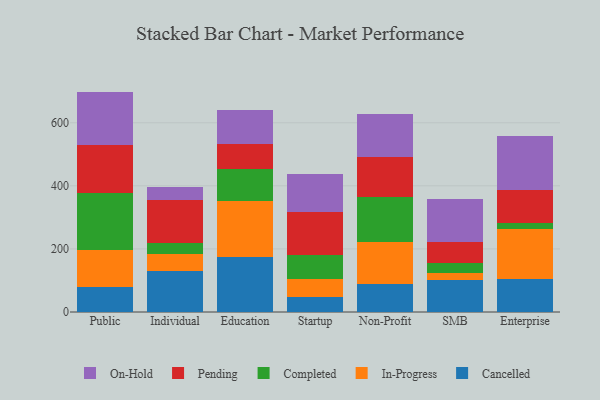
{"axis": {"x": "Segment", "y": "Energy Usage (MWh)"}, "legend": ["Cancelled", "Completed", "In-Progress", "On-Hold", "Pending"], "data": [{"x": "Public", "y": 80.6, "type": "Cancelled"}, {"x": "Public", "y": 116.5, "type": "In-Progress"}, {"x": "Public", "y": 179.7, "type": "Completed"}, {"x": "Public", "y": 152.9, "type": "Pending"}, {"x": "Public", "y": 169.1, "type": "On-Hold"}, {"x": "Individual", "y": 129.8, "type": "Cancelled"}, {"x": "Individual", "y": 53.4, "type": "In-Progress"}, {"x": "Individual", "y": 35.7, "type": "Completed"}, {"x": "Individual", "y": 135.0, "type": "Pending"}, {"x": "Individual", "y": 41.2, "type": "On-Hold"}, {"x": "Education", "y": 175.7, "type": "Cancelled"}, {"x": "Education", "y": 176.6, "type": "In-Progress"}, {"x": "Education", "y": 100.9, "type": "Completed"}, {"x": "Education", "y": 80.6, "type": "Pending"}, {"x": "Education", "y": 106.9, "type": "On-Hold"}, {"x": "Startup", "y": 47.7, "type": "Cancelled"}, {"x": "Startup", "y": 56.9, "type": "In-Progress"}, {"x": "Startup", "y": 77.4, "type": "Completed"}, {"x": "Startup", "y": 135.6, "type": "Pending"}, {"x": "Startup", "y": 120.7, "type": "On-Hold"}, {"x": "Non-Profit", "y": 90.3, "type": "Cancelled"}, {"x": "Non-Profit", "y": 130.2, "type": "In-Progress"}, {"x": "Non-Profit", "y": 145.7, "type": "Completed"}, {"x": "Non-Profit", "y": 124.3, "type": "Pending"}, {"x": "Non-Profit", "y": 136.3, "type": "On-Hold"}, {"x": "SMB", "y": 101.8, "type": "Cancelled"}, {"x": "SMB", "y": 21.0, "type": "In-Progress"}, {"x": "SMB", "y": 33.2, "type": "Completed"}, {"x": "SMB", "y": 67.2, "type": "Pending"}, {"x": "SMB", "y": 135.8, "type": "On-Hold"}, {"x": "Enterprise", "y": 105.6, "type": "Cancelled"}, {"x": "Enterprise", "y": 156.4, "type": "In-Progress"}, {"x": "Enterprise", "y": 21.1, "type": "Completed"}, {"x": "Enterprise", "y": 102.7, "type": "Pending"}, {"x": "Enterprise", "y": 171.8, "type": "On-Hold"}]}